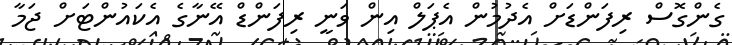
ގެންގޮސް ރިފަންޑަށް އެދުމުން އެޕަލް އިން ވަނީ ރިފަންޑް އޭނާގެ އެކައުންޓަށް ޖަމާ